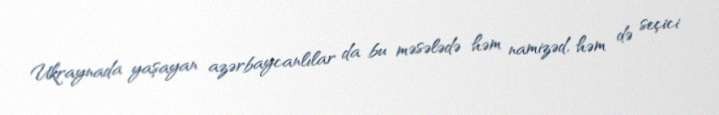
Ukraynada yaşayan azərbaycanlılar da bu məsələdə həm namizəd, həm də seçici